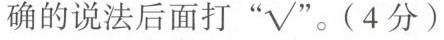
确的说法后面打”√”。(4分)